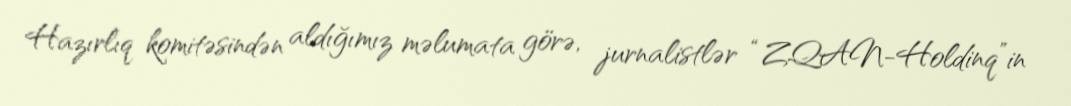
Hazırlıq komitəsindən aldığımız məlumata görə, jurnalistlər “ZQAN-Holdinq”in